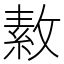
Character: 𪯑